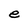
Character: e